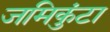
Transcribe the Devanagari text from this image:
जमिकुंटा